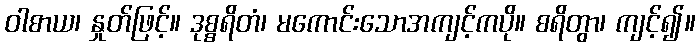
ဝါစာယ၊ နှုတ်ဖြင့်။ ဒုစ္စရိတံ၊ မကောင်းသောအကျင့်ကပို။ စရိတွာ၊ ကျင့်၍။